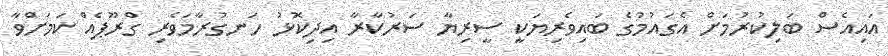
އައިއެސް ބަލިކުރުމަށް އެގައުމުގެ ބައިވެރިޔަކީ ސީރިޔާ ސަރުކާރާ އިދިކޮޅު ހަނގުރާމަވެރި ގްރޫޕެއް ކަމަށްވާ